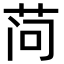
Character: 𬜬